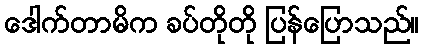
ဒေါက်တာမိက ခပ်တိုတို ပြန်ပြောသည်။